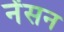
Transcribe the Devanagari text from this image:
नेंसन